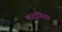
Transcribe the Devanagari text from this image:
लदनिया